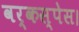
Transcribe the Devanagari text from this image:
वर्कस्पेस।